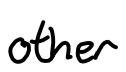
Text: other
Cross-out: clean
Writing tool: digital_black